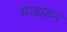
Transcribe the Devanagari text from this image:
साइफ़न